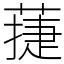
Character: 蓵